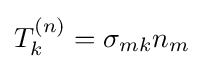
T_{k}^{(n)}=\sigma _{mk}n_{m}